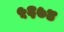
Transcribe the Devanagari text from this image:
५६७४